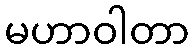
မဟာဝါတာ